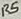
Text: R5